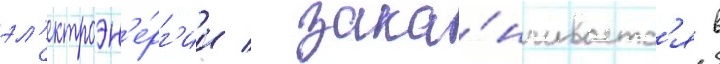
эл'ектроэн'е́рг'ии / зака́нчиваетс'я в